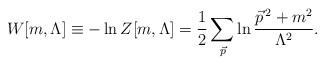
LaTeX: \begin{align*}W[m,\Lambda] \equiv -\ln Z[m,\Lambda] ={1\over2}\sum_{{\vec p}}\ln{{{\vec p}}^{\,2}+m^2\over\Lambda^2}.\end{align*}